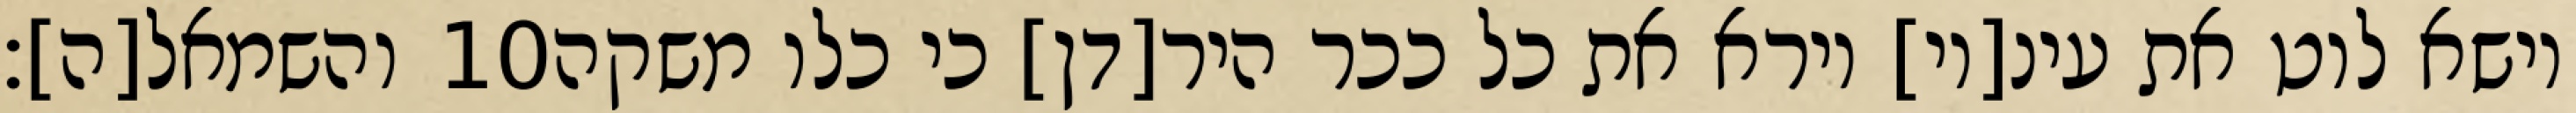
והשמאל[ה]׃ ‎10‏ וישא לוט את עינ[יו] וירא את כל ככר היר[דן] כי כלו משקה